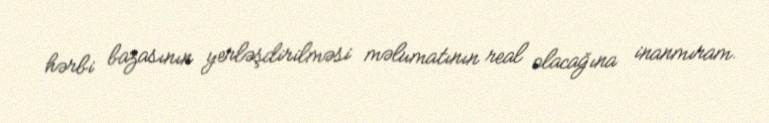
hərbi bazasının yerləşdirilməsi məlumatının real olacağına inanmıram.